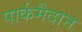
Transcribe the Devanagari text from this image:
पार्कमैदान